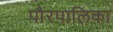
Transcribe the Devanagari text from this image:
पौरपालिका